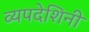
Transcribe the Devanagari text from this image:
व्यपदेशिनी